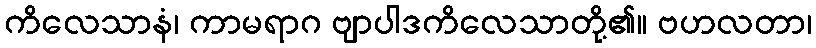
ကိလေသာနံ၊ ကာမရာဂ ဗျာပါဒကိလေသာတို့၏။ ဗဟလတာ၊